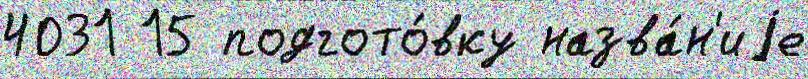
4031 15 подгото́вку назва́н'иjе